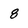
Character: 8